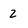
Character: 2